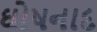
ઘોષનાદ